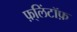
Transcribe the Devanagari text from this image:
फ़्लिंटॉफ़